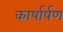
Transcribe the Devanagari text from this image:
कार्षार्पण